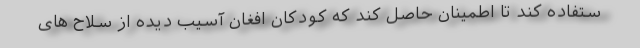
ستفاده کند تا اطمینان حاصل کند که کودکان افغان آسیب دیده از سلاح های